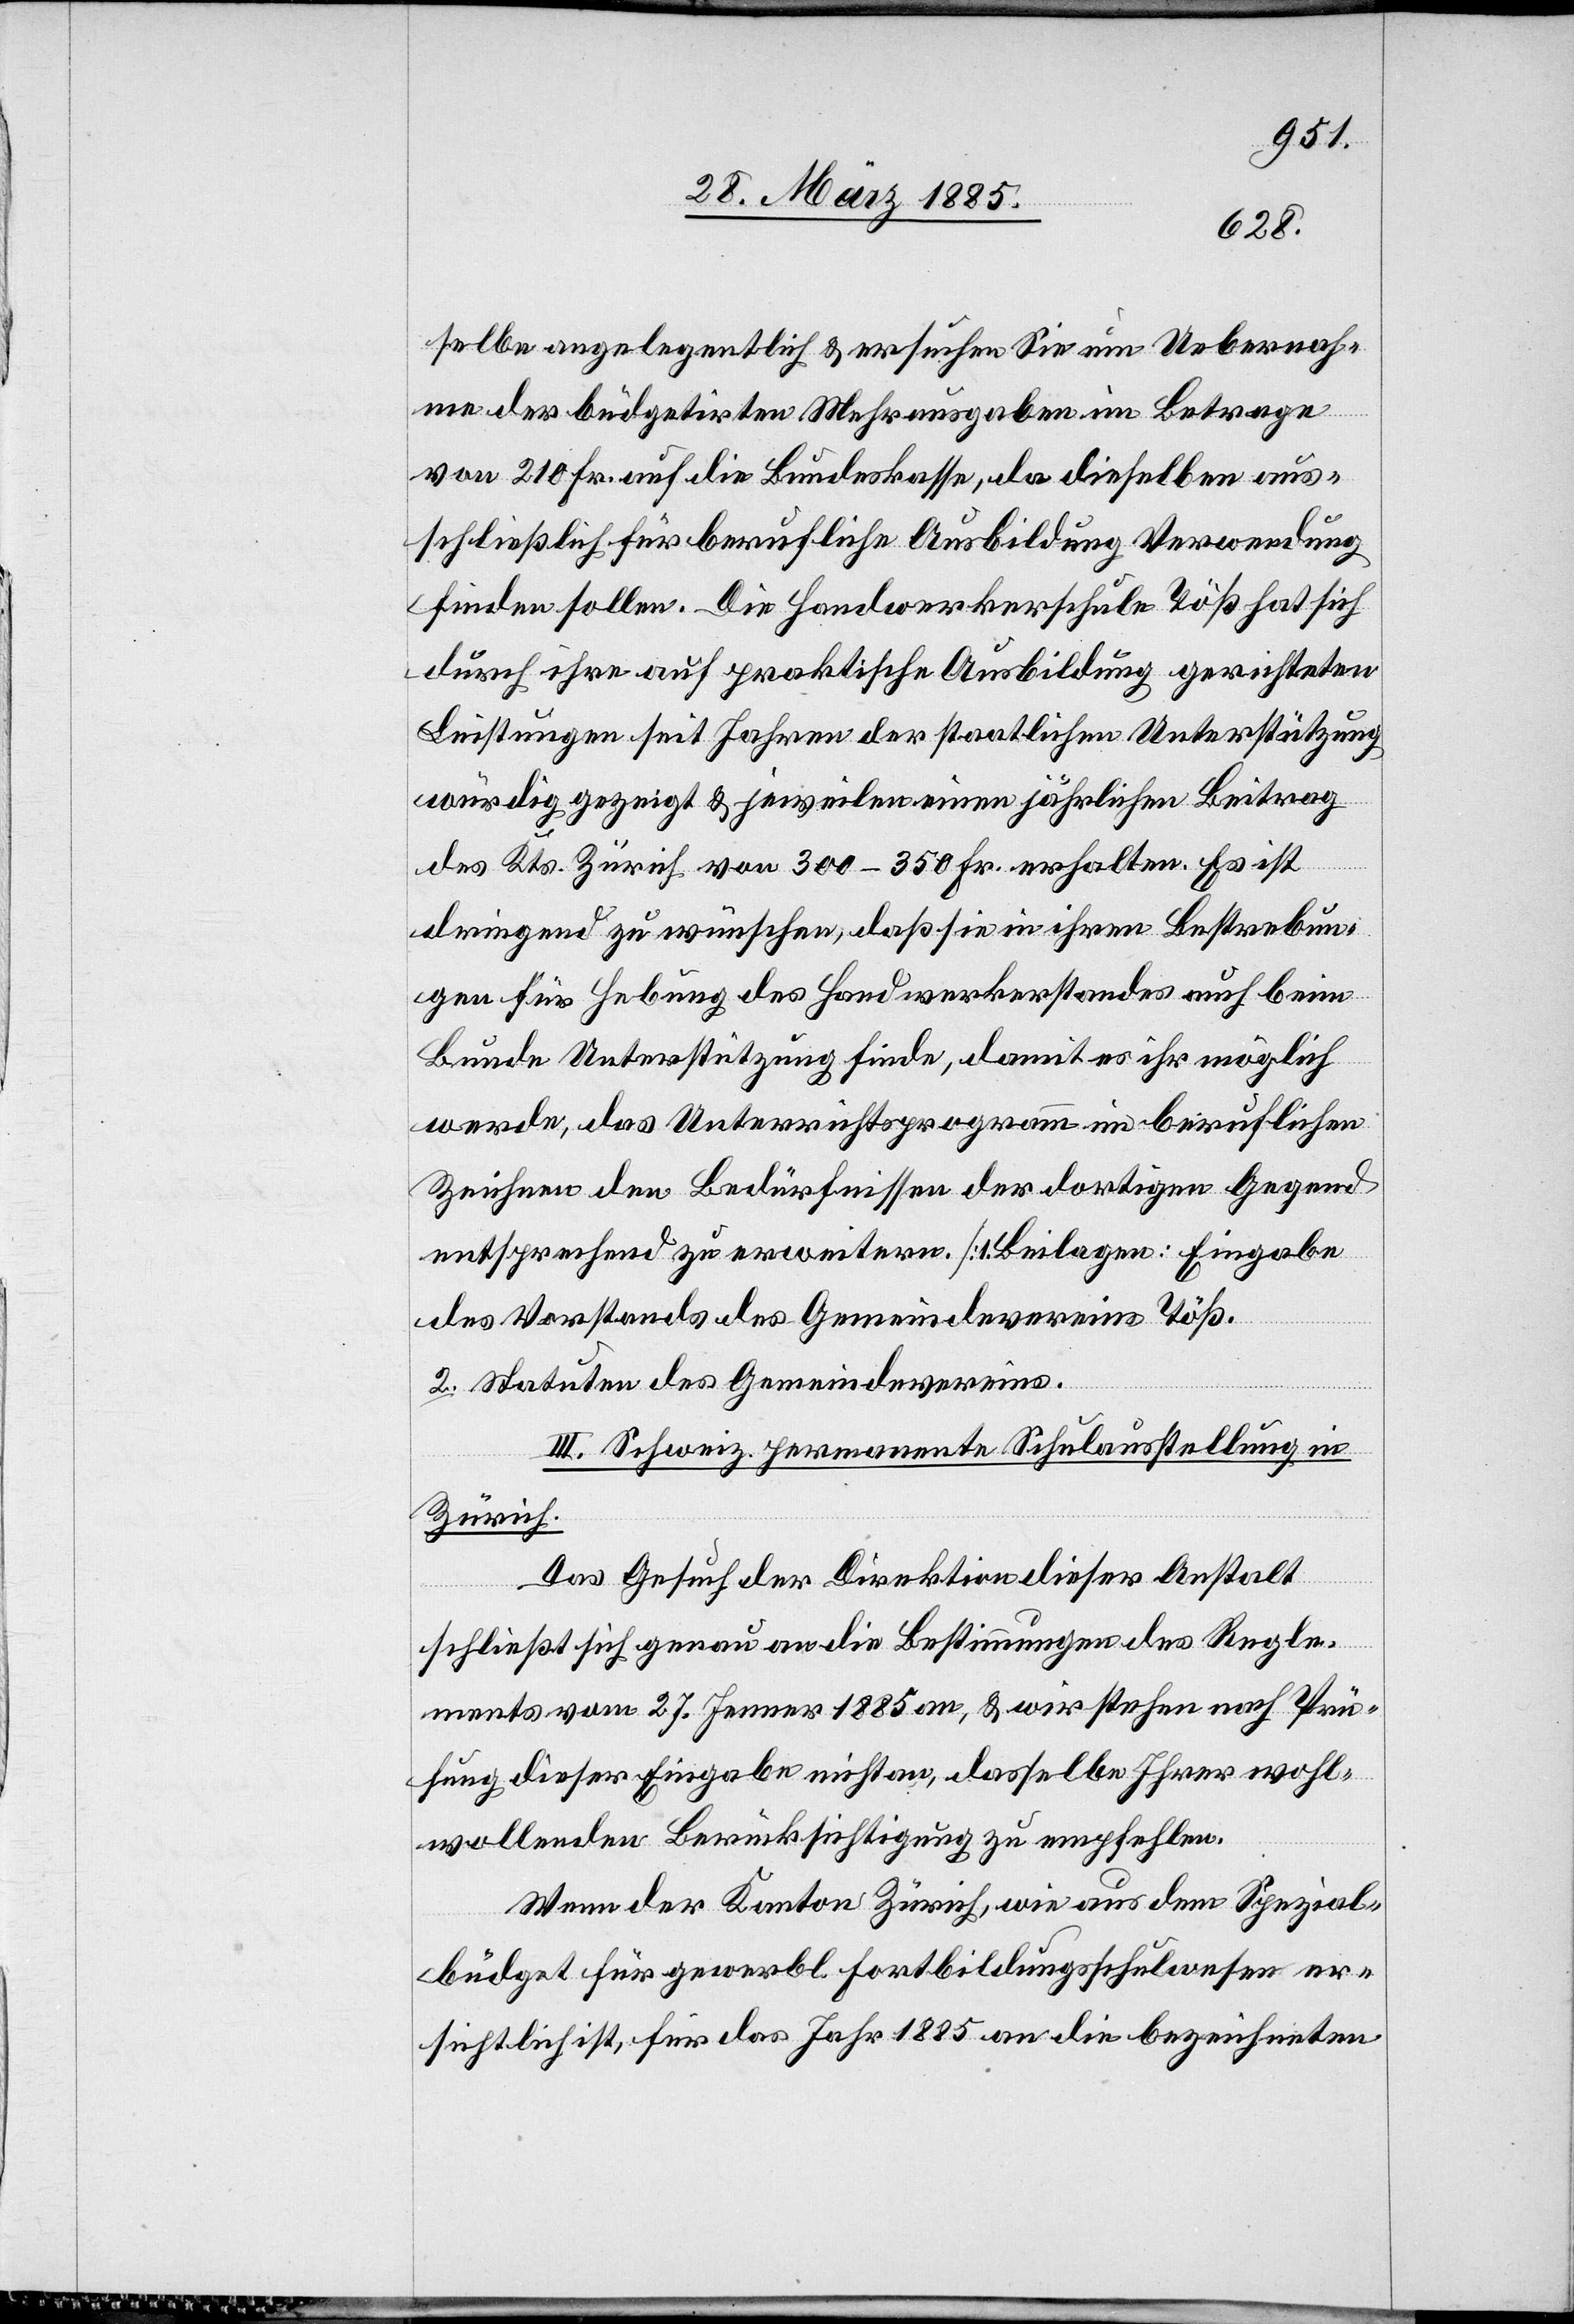
1.
selbe angelegentlich & ersuchen Sie um Uebernah¬
me der büdgetirten Mehrausgaben im Betrage
von 210 Fr. auf die Bundeskasse, da dieselben aus¬
schließlich für berufliche Ausbildung Verwendung
finden sollen. Die Handwerkschule Töß hat sich
durch ihre auf praktische Ausbildung gerichteten
Leistungen seit Jahren der staatlichen Unterstützung
würdig gezeigt & jeweilen einen jährlichen Beitrag
des Kts. Zürich von 300–350 Fr. erhalten. Es ist
dringend zu wünschen, daß sie in ihren Bestrebun¬
gen für Hebung des Handwerkerstandes auch beim
Bunde Unterstützung finde, damit es ihr möglich
werde, das Unterrichtsprogramm im beruflichen
Zeichnen den Bedürfnissen der dortigen Gegend
des Vorstands des Gemeindevereins Töß.
2. Statuten des Gemeindevereins.
III. Schweiz. permanente Schulausstellung in
Zürich.
Das Gesuch der Direktion dieser Anstalt
agen:
schließt sich genau an die Bestimmungen des Regle¬
ments vom 27. Jenner 1885 an, & wir stehen nach Prü¬
fung dieser Eingabe nicht an, dasselbe Ihrer wohl¬
wollenden Berücksichtigung zu empfehlen.
Wenn der Kanton Zürich, wie aus dem Spezial¬
büdget für gewerbl. Fortbildungsschulwesen er¬
sichtlich ist, für das Jahr 1885 an die bezeichneten